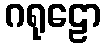
ဂရုဠော